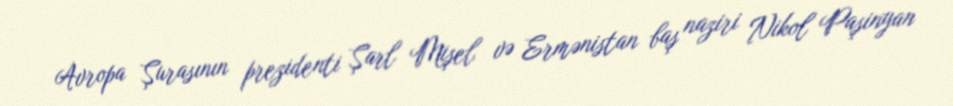
Avropa Şurasının prezidenti Şarl Mişel və Ermənistan baş naziri Nikol Paşinyan